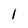
Character: l